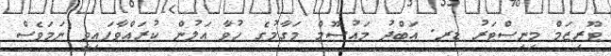
ޓޫރިޒަމް މިނިސްޓަރު ޑރ. އަބްދު މައުސޫމް މަގާމުގެ ހުވާ އަލުން ކުރައްވާފައިވީ ނަމަވެސް